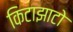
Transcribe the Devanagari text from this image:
किटाझाटो